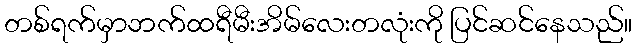
တစ်ရက်မှာဘက်ထရီမီးအိမ်လေးတလုံးကို ပြင်ဆင်နေသည်။